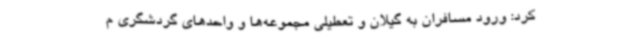
کرد: ورود مسافران به گیلان و تعطیلی مجموعه‌ها و واحدهای گردشگری م